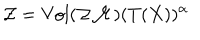
LaTeX: { \cal { Z } } = \mathrm { V o l } ( { \cal { Z M } } ) ( T ( X ) ) ^ { \alpha }